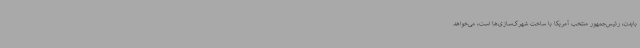
بایدن، رئیس‌جمهور منتخب آمریکا با ساخت شهرک‌سازی‌ها است، می‌خواهد